Indian journal of veterinary science and animal husbandry - Volume 1,
Year: 1931
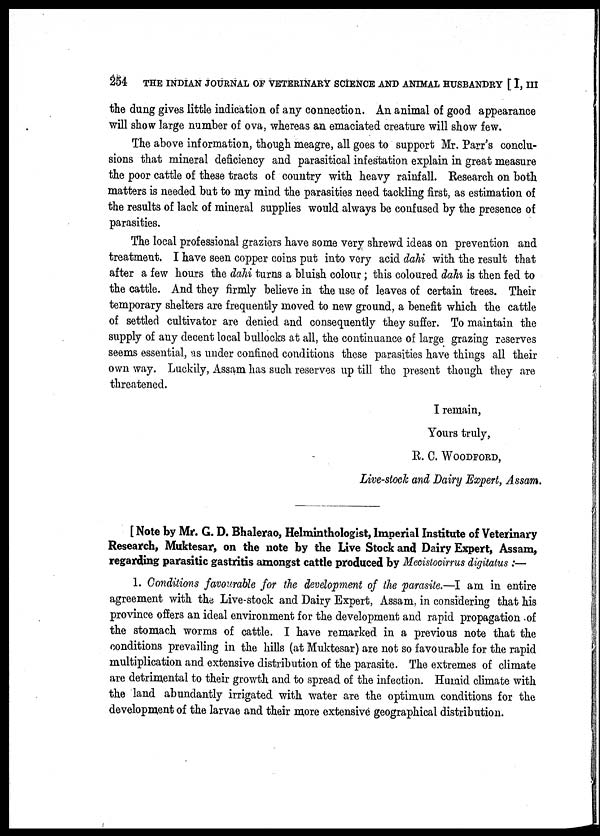
254
THE INDIAN JOURNAL OF VETERINARY SCIENCE AND ANIMAL HUSBANDRY [ I, III
the dung gives little indication of any connection. An animal of good appearance
will show large number of ova, whereas an emaciated creature will show few.
The above information, though meagre, all goes to support Mr. Parr's conclu-
sions that mineral deficiency and parasitical infestation explain in great measure
the poor cattle of these tracts of country with heavy rainfall. Research on both
matters is needed but to my mind the parasities need tackling first, as estimation of
the results of lack of mineral supplies would always be confused by the presence of
parasities.
The local professional graziers have some very shrewd ideas on prevention and
treatment. I have seen copper coins put into very acid dahi with the result that
after a few hours the dahi turns a bluish colour ; this coloured dahi is then fed to
the cattle. And they firmly believe in the use of leaves of certain trees. Their
temporary shelters are frequently moved to new ground, a benefit which the cattle
of settled cultivator are denied and consequently they suffer. To maintain the
supply of any decent local bullocks at all, the continuance of large grazing reserves
seems essential, as under confined conditions these parasities have things all their
own way. Luckily, Assam has such reserves up till the present though they are
threatened.
I remain,
Yours truly,
R. C. WOODFORD,
Live-stock and Dairy Expert, Assam.
[ Note by Mr. G. D. Bhalerao, Helminthologist, Imperial Institute of Veterinary
Research, Muktesar, on the note by the Live Stock and Dairy Expert, Assam,
regarding parasitic gastritis amongst cattle produced by Mecistocirrus digitatus :—
1. Conditions favourable for the development of the parasite.—I am in entire
agreement with the Live-stock and Dairy Expert, Assam in considering that his
province offers an ideal environment for the development and rapid propagation of
the stomach worms of cattle. I have remarked in a previous note that the
conditions prevailing in the hills (at Muktesar) are not so favourable for the rapid
multiplication and extensive distribution of the parasite. The extremes of climate
are detrimental to their growth and to spread of the infection. Humid climate with
the land abundantly irrigated with water are the optimum conditions for the
development of the larvae and their more extensive geographical distribution.